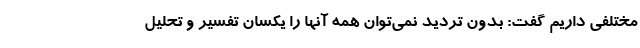
مختلفی داریم گفت: بدون تردید نمی‌توان همه آنها را یکسان تفسیر و تحلیل